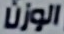
الوزن